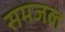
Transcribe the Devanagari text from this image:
समजल